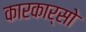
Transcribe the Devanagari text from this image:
कारकार्सो